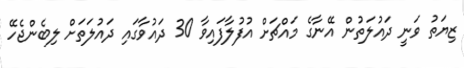
ޒިޔަތު ވަނީ ދައުލަތުން އޭނާގެ މައްޗަށް އުފުލާފައިވާ 30 ދައުވާގައި ދައުލަތަށް ލިބެންޖެހޭ